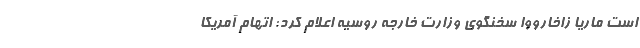
است ماریا زاخارووا سخنگوی وزارت خارجه روسیه اعلام کرد: اتهام آمریکا